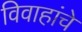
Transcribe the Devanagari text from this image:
विवाहांचे